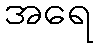
အရေ